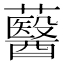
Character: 鿀